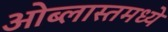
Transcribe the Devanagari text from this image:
ओब्लास्तमध्ये